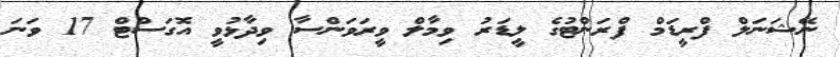
ނޭޝަނަލް ފްރީޑަމް ފްރަންޓުގެ ލީޑަރު ވިމާލް ވީރަވަންސާ ވިދާޅުވީ އޮގަސްޓް 17 ވަނަ